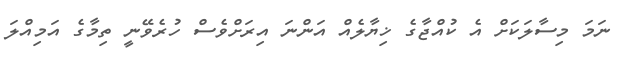
ނަމަ މިސާލަކަށް އެ ކުއްޖާގެ ޚިޔާލެއް އަންނަ އިރަށްވެސް ހުރެވޭނީ ތިމާގެ އަމިއްލަ